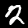
Label: 2